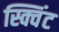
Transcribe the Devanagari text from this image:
स्क्विंट